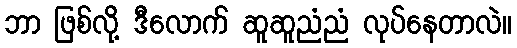
ဘာ ဖြစ်လို့ ဒီလောက် ဆူဆူညံညံ လုပ်နေတာလဲ။